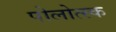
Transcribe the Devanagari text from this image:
पोलोत्स्क